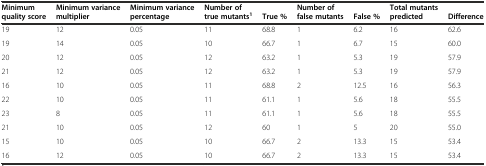
<table><thead><tr><td><b>Minimum quality score</b></td><td><b>Minimum variance multiplier</b></td><td><b>Minimum variance percentage</b></td><td><b>Number of true mutants<sup>1</sup></b></td><td><b>True %</b></td><td><b>Number of false mutants</b></td><td><b>False %</b></td><td><b>Total mutants predicted</b></td><td><b>Difference</b></td></tr></thead><tbody><tr><td>19</td><td>12</td><td>0.05</td><td>11</td><td>68.8</td><td>1</td><td>6.2</td><td>16</td><td>62.6</td></tr><tr><td>19</td><td>14</td><td>0.05</td><td>10</td><td>66.7</td><td>1</td><td>6.7</td><td>15</td><td>60.0</td></tr><tr><td>20</td><td>12</td><td>0.05</td><td>12</td><td>63.2</td><td>1</td><td>5.3</td><td>19</td><td>57.9</td></tr><tr><td>21</td><td>12</td><td>0.05</td><td>12</td><td>63.2</td><td>1</td><td>5.3</td><td>19</td><td>57.9</td></tr><tr><td>16</td><td>10</td><td>0.05</td><td>11</td><td>68.8</td><td>2</td><td>12.5</td><td>16</td><td>56.3</td></tr><tr><td>22</td><td>10</td><td>0.05</td><td>11</td><td>61.1</td><td>1</td><td>5.6</td><td>18</td><td>55.5</td></tr><tr><td>23</td><td>8</td><td>0.05</td><td>11</td><td>61.1</td><td>1</td><td>5.6</td><td>18</td><td>55.5</td></tr><tr><td>21</td><td>10</td><td>0.05</td><td>12</td><td>60</td><td>1</td><td>5</td><td>20</td><td>55.0</td></tr><tr><td>15</td><td>10</td><td>0.05</td><td>10</td><td>66.7</td><td>2</td><td>13.3</td><td>15</td><td>53.4</td></tr><tr><td>16</td><td>12</td><td>0.05</td><td>10</td><td>66.7</td><td>2</td><td>13.3</td><td>15</td><td>53.4</td></tr></tbody></table>